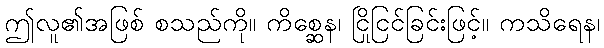
ဤလူ၏အဖြစ် စသည်ကို။ ကိစ္ဆေန၊ ငြိုငြင်ခြင်းဖြင့်။ ကသိရေန၊